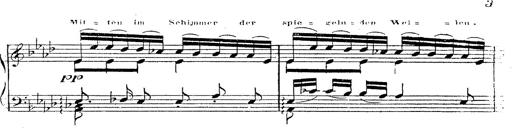
Title: 12 Lieder von Franz Schubert
Composer: Franz Liszt